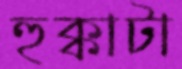
হুক্কাটা